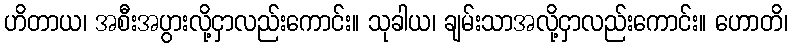
ဟိတာယ၊ အစီးအပွားလို့ငှာလည်းကောင်း။ သုခါယ၊ ချမ်းသာအလို့ငှာလည်းကောင်း။ ဟောတိ၊